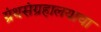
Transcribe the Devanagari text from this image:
ग्रंथसंग्रहालयाचा